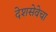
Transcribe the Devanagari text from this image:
देशसेवेचा